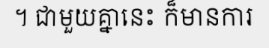
។ ជាមួយគ្នានេះ ក៏មានការ